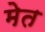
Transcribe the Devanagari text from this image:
मेत